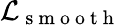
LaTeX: \mathcal{L}_{\mathrm{~s~m~o~o~t~h~}}